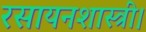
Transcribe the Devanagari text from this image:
रसायनशास्त्री।